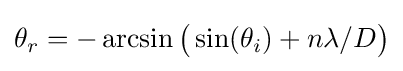
\theta _{r}=-\arcsin {\big (}\sin(\theta _{i})+n\lambda /D{\big )}